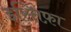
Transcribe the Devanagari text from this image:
इस्तिफ़ा